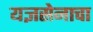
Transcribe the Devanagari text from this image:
यज्ञसेनाचा